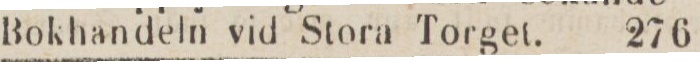
Bokhandeln vid Stora Torget.    276